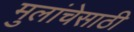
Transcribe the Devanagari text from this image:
मुलांचेसाठी